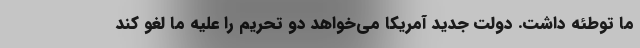
ما توطئه داشت. دولت جدید آمریکا می‌خواهد دو تحریم را علیه ما لغو کند